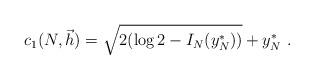
LaTeX: \begin{align*}c_1(N,\vec{h})= \sqrt{2(\log 2 - I_N(y_N^*))} + y_N^*\ .\end{align*}